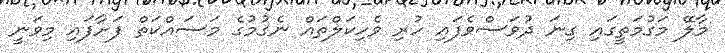
މާލޭ މަގުމަތީގައި ގިނަ ދުވަސްވެފައި ހުރި ވެހިކަލްތައް ނެގުމުގެ މަސައްކަތް ފަށާފައި މިވަނީ